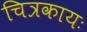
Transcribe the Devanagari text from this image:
चित्रकायः